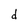
Character: d